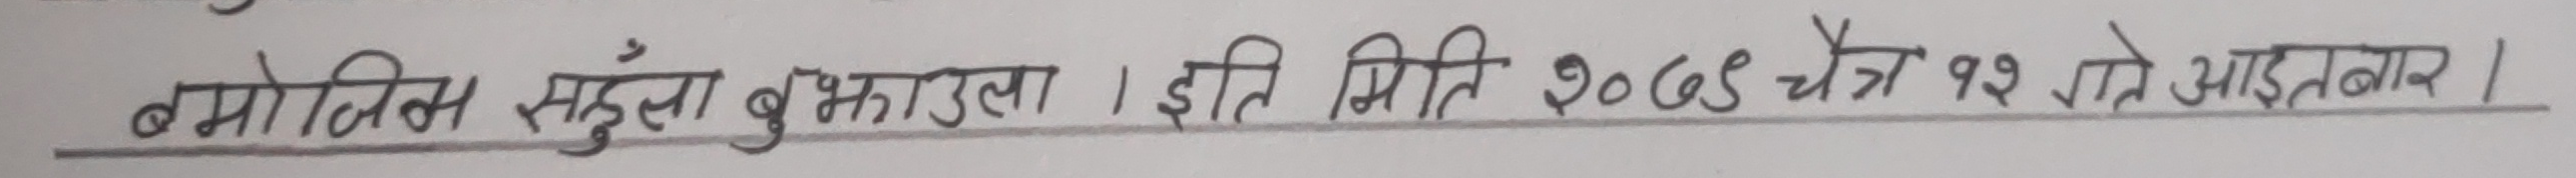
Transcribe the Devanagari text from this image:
बमोजिम सदुस्य बुझाइला। इति मिति २०६३ चैत्र १२ गते आइतबार।